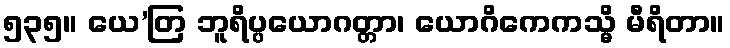
၅၃၅။ ယေ’တြ ဘူရိပ္ပယောဂတ္တာ၊ ယောဂိကေကသ္မိ မီရိတာ။